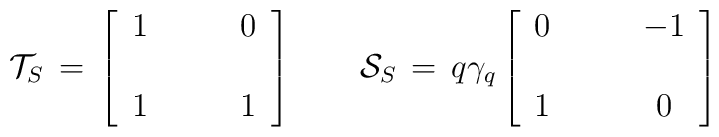
{\cal T}_S\,=\,\left[\begin{array}{cc}  1  &\qquad  0   \\&\\  1  &\qquad  1\end{array}\right]\qquad{\cal S}_S\,=\,q \gamma_q \left[\begin{array}{cc}  0  &\qquad -1  \\&\\1 & \qquad 0\end{array}\right]